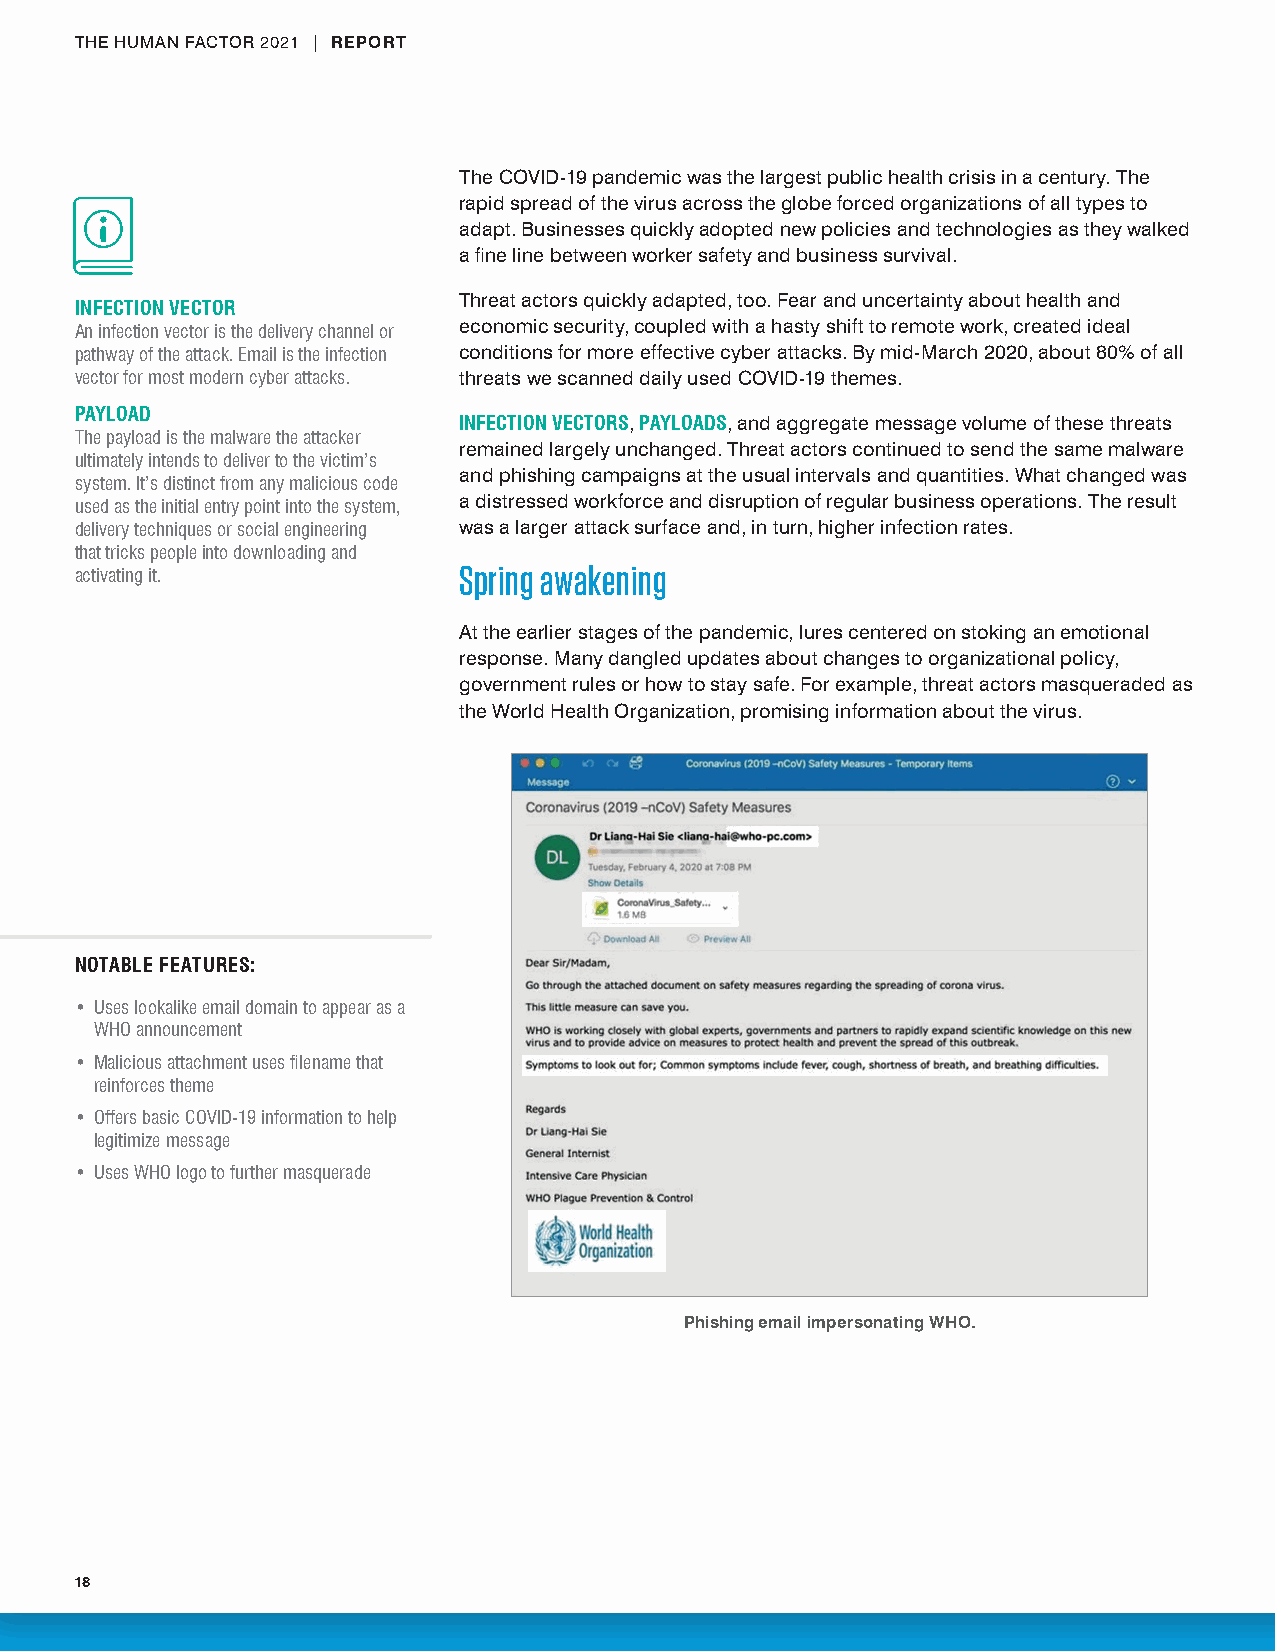
THE HUMAN FACTOR 2021 | REPORT
 The COVID-19 pandemic was the largest public health crisis in a century. The
 rapid spread of the virus across the globe forced organizations of all types to
 adapt. Businesses quickly adopted new policies and technologies as they walked
 a fine line between worker safety and business survival.
 Threat actors quickly adapted, too. Fear and uncertainty about health and
 INFECTION VECTOR
 An infection vector is the delivery channel or economic security, coupled with a hasty shift to remote work, created ideal
 pathway of the attack . Email is the infection conditions for more effective cyber attacks. By mid-March 2020, about 80% of all
 vector for most modern cyber attacks . threats we scanned daily used COVID-19 themes.
 PAYLOAD
 INFECTION VECTORS, PAYLOADS, and aggregate message volume of these threats
 The payload is the malware the attacker
 remained largely unchanged. Threat actors continued to send the same malware
 ultimately intends to deliver to the victim’s
 and phishing campaigns at the usual intervals and quantities. What changed was
 system . It’s distinct from any malicious code
 used as the initial entry point into the system, a distressed workforce and disruption of regular business operations. The result
 delivery techniques or social engineering was a larger attack surface and, in turn, higher infection rates.
 that tricks people into downloading and
 Spring awakening
 activating it .
 At the earlier stages of the pandemic, lures centered on stoking an emotional
 response. Many dangled updates about changes to organizational policy,
 government rules or how to stay safe. For example, threat actors masqueraded as
 the World Health Organization, promising information about the virus.
 NOTABLE FEATURES:
 • Uses lookalike email domain to appear as a
 WHO announcement
 • Malicious attachment uses filename that
 reinforces theme
 • Offers basic COVID-19 information to help
 legitimize message
 • Uses WHO logo to further masquerade
 Phishing email impersonating WHO.
 18